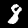
Digit: 8